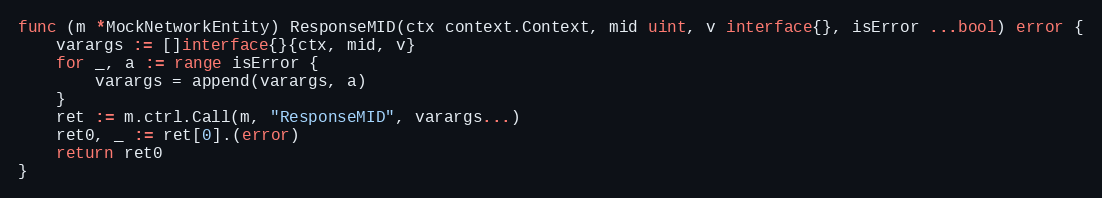
Language: Go
func (m *MockNetworkEntity) ResponseMID(ctx context.Context, mid uint, v interface{}, isError ...bool) error {
	varargs := []interface{}{ctx, mid, v}
	for _, a := range isError {
		varargs = append(varargs, a)
	}
	ret := m.ctrl.Call(m, "ResponseMID", varargs...)
	ret0, _ := ret[0].(error)
	return ret0
}